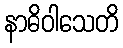
နာဓိဝါသေတိ